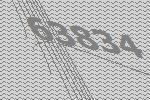
63834